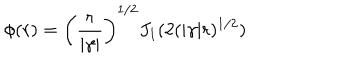
\phi ( r ) = \left( \frac { r } { | \gamma | } \right) ^ { 1 / 2 } J _ { 1 } ( 2 ( | \gamma | r ) ^ { 1 / 2 } )